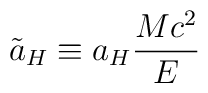
\tilde a_H\equiv a_H\frac{Mc^2}{E}